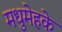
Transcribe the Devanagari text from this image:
मधुमेहके